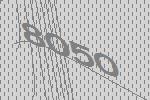
8050